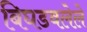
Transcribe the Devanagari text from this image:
बिघडवलेले